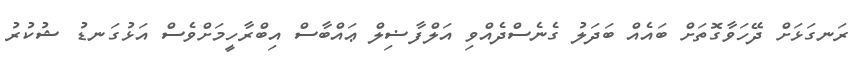
ރަނގަޅަށް ދޭހަވާގޮތަށް ބައެއް ބަދަލު ގެނެސްދެއްވި އަލްފާޟިލް ޢައްބާސް އިބްރާހީމަށްވެސް އަޅުގަނޑު ޝުކުރު